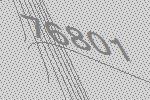
76801